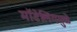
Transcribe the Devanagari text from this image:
मॉडेलिंगमुळे